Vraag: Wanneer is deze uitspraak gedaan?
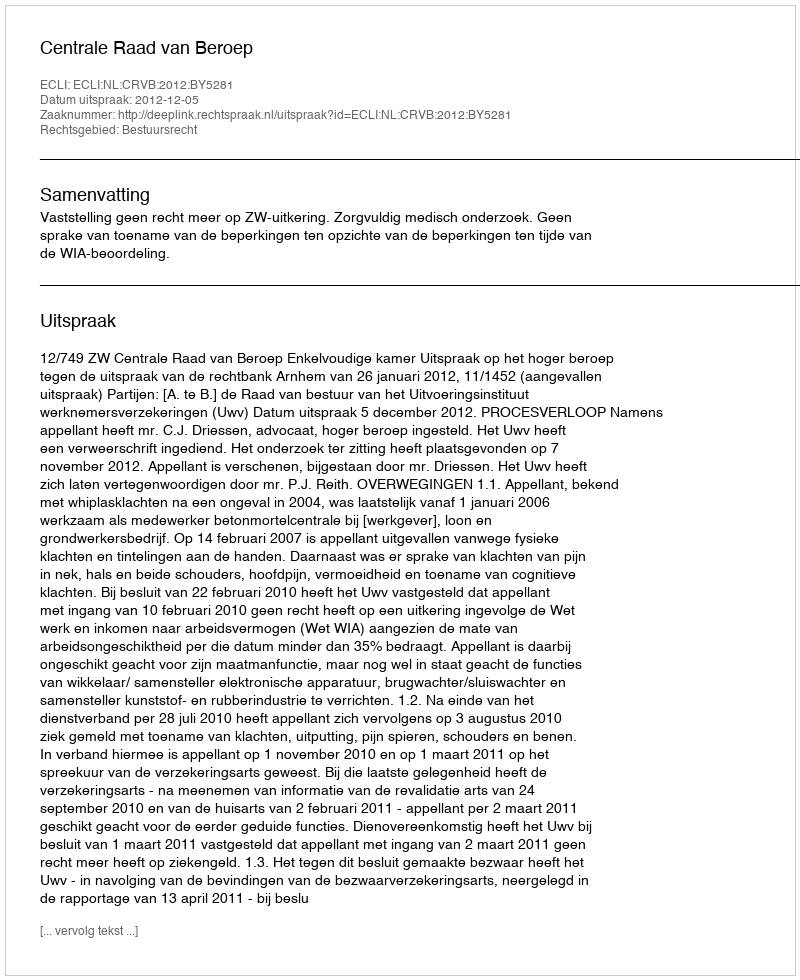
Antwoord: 2012-12-05